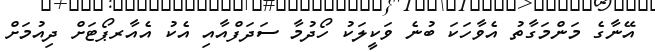
އޭނާގެ މަންމަގާތު އެވާހަކަ ބުނެ ވަކީލަކު ހޯދުމާ ސަދަފްއާއި އެކު އެއާރޕޯޓަށް ދިއުމަށް